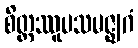
စိတ္တဿူပသမဇ္ဈဂံ